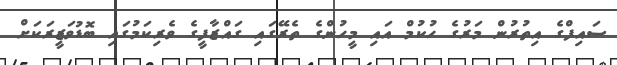
ސައިފްގެ އިތުރުން މަރުގެ ހުކުމް އައި މީހުންގެ ތެރޭގައި ގައްޒާފީގެ ވެރިކަމުގައި ބޮޑުވަޒީރަކަށް